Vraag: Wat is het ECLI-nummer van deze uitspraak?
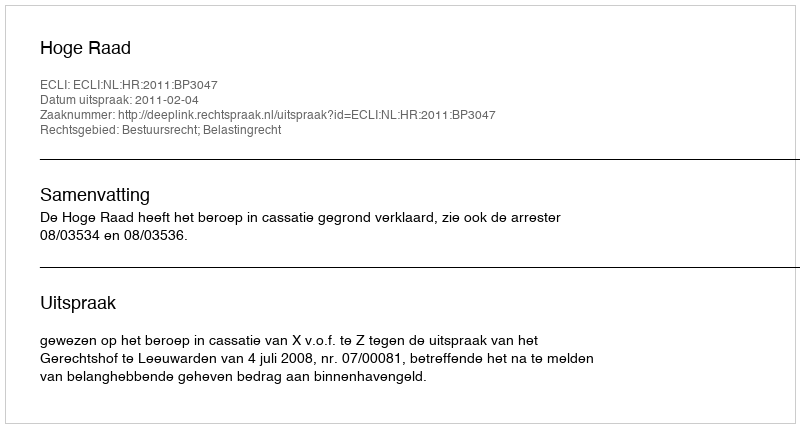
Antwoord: ECLI:NL:HR:2011:BP3047